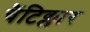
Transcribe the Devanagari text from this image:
चैंटिक्लार